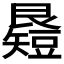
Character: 𥐉